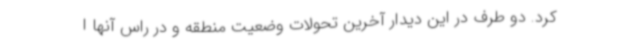
کرد. دو طرف در این دیدار آخرین تحولات وضعیت منطقه و در راس آنها ا